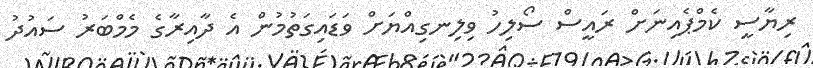
ރިޔާސީ ކެމްޕެއިނަށް ރައީސް ސޯލިހު ވިލިނގިއްޔަށް ވަޑައިގަތުމުން އެ ދާއިރާގެ މެމްބަރު ސައުދު